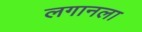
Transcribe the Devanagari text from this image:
लगानला